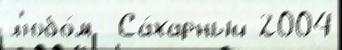
л'юбо́м  Са́харный 2004